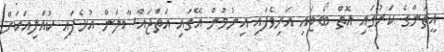
އީތަންގެ ކަރުގައި އޮތް ބޯޓައި އަރިވެފައި އިނުމުން އޭގައި އަތްޖައްސާލަން އުޅެފައި ކުއްލިއަކަށް